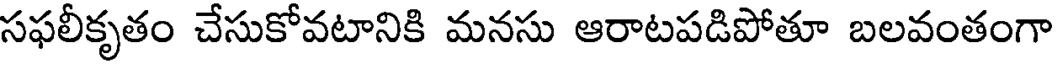
సఫలీకృతం చేసుకోవటానికి మనసు ఆరాటపడిపోతూ బలవంతంగా